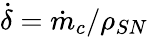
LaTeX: \dot{\delta}=\dot{m}_{c}/\rho_{SN}